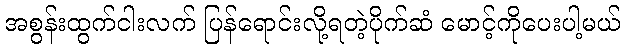
အစွန်းထွက်ငါးလက် ပြန်ရောင်းလို့ရတဲ့ပိုက်ဆံ မောင့်ကိုပေးပါ့မယ်